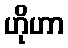
ဟိုဟာ